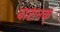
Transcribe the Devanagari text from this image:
वारानक्